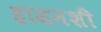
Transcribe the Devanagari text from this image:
हासनशी